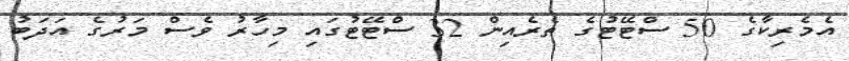
އެމެރިކާގެ 50 ސްޓޭޓުގެ ތެރެއިން 32 ސްޓޭޓުގައި މިހާރު ވެސް މަރުގެ އަދަބު